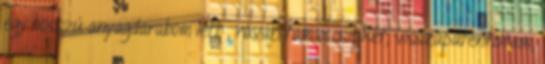
egy hosszú anyagdarabom lett , rávarrtam a csipkét, visszapatentoltam,